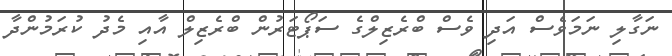
ނަގާލި ނަމަވެސް އަދި ވެސް ބްރެޒިލްގެ ސަޕޯޓަރުން ބްރެޒިލް އާއި މެދު ކުރަމުންދާ